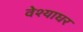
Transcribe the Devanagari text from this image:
वेश्याघर